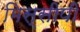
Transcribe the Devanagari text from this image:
मिस्सीपी